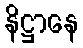
နိဋ္ဌာနေ